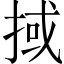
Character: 掝